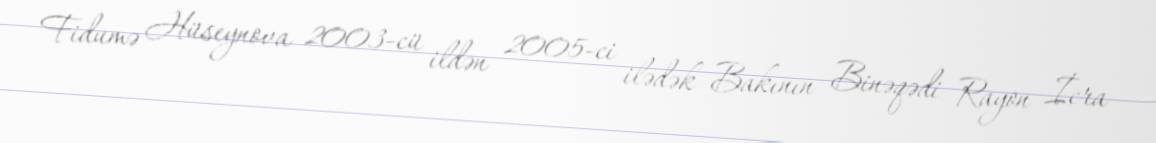
Fidumə Hüseynova 2003-cü ildən 2005-ci ilədək Bakının Binəqədi Rayon İcra